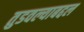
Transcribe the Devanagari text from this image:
तुडवल्याबद्दल